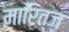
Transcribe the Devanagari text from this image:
मारित्ज़